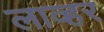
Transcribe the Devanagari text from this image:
लाव्हर